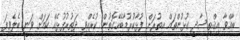
ބާއްވާ އިޤްތިސާދީ ގުޅުންތައް އިތުުރަށް ފުޅާކުރުމާބެހޭގޮތުން ކުރެއްވި ދަތުރުފުޅެއް ކަމަށް ވަނީ ބެލެވިފަ